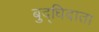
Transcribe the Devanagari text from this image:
बुद्धिदाता